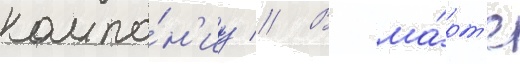
компа́н'иу // В ма́рт'е